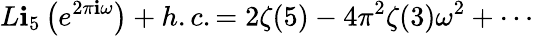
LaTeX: L\mathbf{i}_{5}\left(e^{2\pi\mathbf{i}\omega}\right)+h.c.=2\zeta(5)-4\pi^{2}\zeta(3)\omega^{2}+\cdots